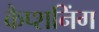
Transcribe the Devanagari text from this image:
कैप्शनिंग